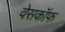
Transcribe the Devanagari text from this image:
वेसकॉफ